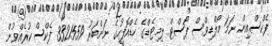
ފެކްސްއިން ނަމަ މޯލްޑިވްސް ޕޯސްޓް ލިމިޓެޑްގެ ހެޑްއޮފީހުގެ ނަންބަރު 3321559 ފެކްސް ކުރެއްވުން